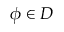
\phi \in D